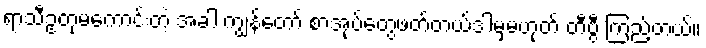
ရာသီဥတုမကောင်းတဲ့ အခါ ကျွန်တော် စာအုပ်တွေဖတ်တယ်ဒါမှမဟုတ် တီဗွီ ကြည့်တယ်။